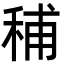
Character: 秿